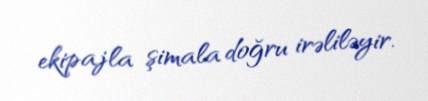
ekipajla şimala doğru irəliləyir.